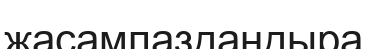
жасампаздандыра